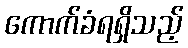
ကောက်ခံရရှိသည့်